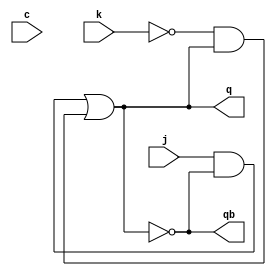
module JKmasterSlave(j,k,c,q,qb);
input j,k,c;
output q,qb;
wire o;
and #1 (m,j,qb);
and #1 (n,!k,q);
or (o,m,n);
assign q = o;
assign qb = !q;
endmodule